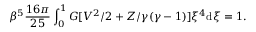
\beta ^ { 5 } { \frac { 1 6 \pi } { 2 5 } } \int _ { 0 } ^ { 1 } G [ V ^ { 2 } / 2 + Z / \gamma ( \gamma - 1 ) ] \xi ^ { 4 } \mathrm { d } \xi = 1 .